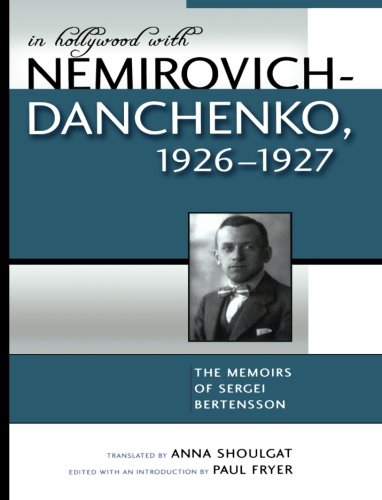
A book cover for In Hollywood with Nemirovich-Danchenko 1926-1927: The Memoirs of Sergei Bertensson (Studies and Documentation in the History of Popular Entertainment); Humor & Entertainment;